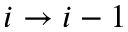
i \rightarrow i - 1